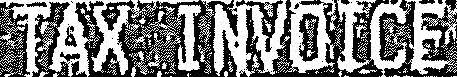
TAX INVOICE